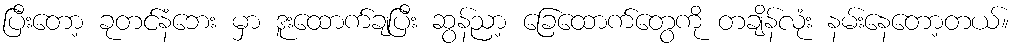
ပြီးတော့ ခုတင်နံဘေး မှာ ဒူးထောက်ချပြီး ဆွန်ညာ့ ခြေထောက်တွေကို တချိန်လုံး နမ်းနေတော့တယ်။